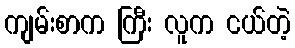
ကျမ်းစာက ကြီး လူက ငယ်တဲ့